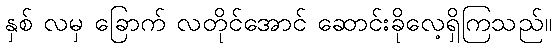
နှစ် လမှ ခြောက် လတိုင်အောင် ဆောင်းခိုလေ့ရှိကြသည်။